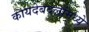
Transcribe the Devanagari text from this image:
कायदेबदलांमध्ये